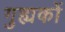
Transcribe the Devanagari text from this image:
गुह्यकों